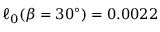
\ell _ { 0 } ( \beta = 3 0 ^ { \circ } ) = 0 . 0 0 2 2